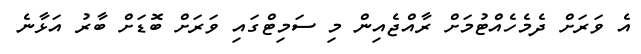
އެ ވަރަށް ދެމެހެއްޓުމަށް ރާއްޖެއިން މި ސަމިޓްގައި ވަރަށް ބޮޑަށް ބާރު އަޅާނެ